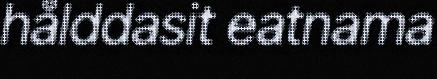
hålddasit eatnama